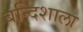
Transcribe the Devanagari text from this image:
बन्दिशाला